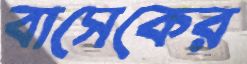
বাসেকের